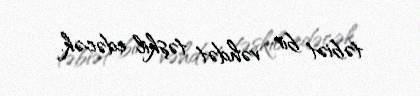
təbiət bir vəhdət təşkil edəcək.